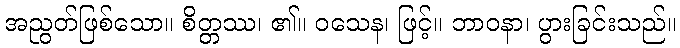
အညွတ်ဖြစ်သော။ စိတ္တဿ၊ ၏။ ဝသေန၊ ဖြင့်။ ဘာဝနာ၊ ပွားခြင်းသည်။